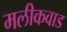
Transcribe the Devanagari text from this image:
मलीकवाड